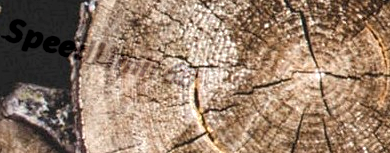
SpeedLimit60